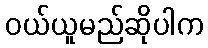
ဝယ်ယူမည်ဆိုပါက